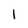
Character: 1